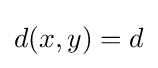
d(x,y)=d